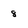
Character: 8